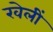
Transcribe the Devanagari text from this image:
खेलीं